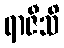
ရာဇီသိ